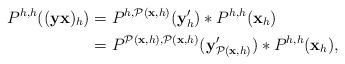
LaTeX: \begin{align*} P^{h,h}((\textbf{y}\textbf{x})_h)&=P^{h,\mathcal{P}(\textbf{x}, h)}(\textbf{y}'_h)*P^{h,h}(\textbf{x}_h)\\ &=P^{\mathcal{P}(\textbf{x}, h),\mathcal{P}(\textbf{x}, h)}(\textbf{y}'_{\mathcal{P}(\textbf{x}, h)})*P^{h,h}(\textbf{x}_h),\end{align*}